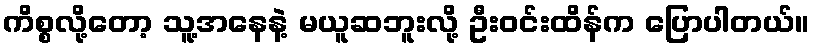
ကိစ္စလို့တော့ သူ့အနေနဲ့ မယူဆဘူးလို့ ဦးဝင်းထိန်က ပြောပါတယ်။